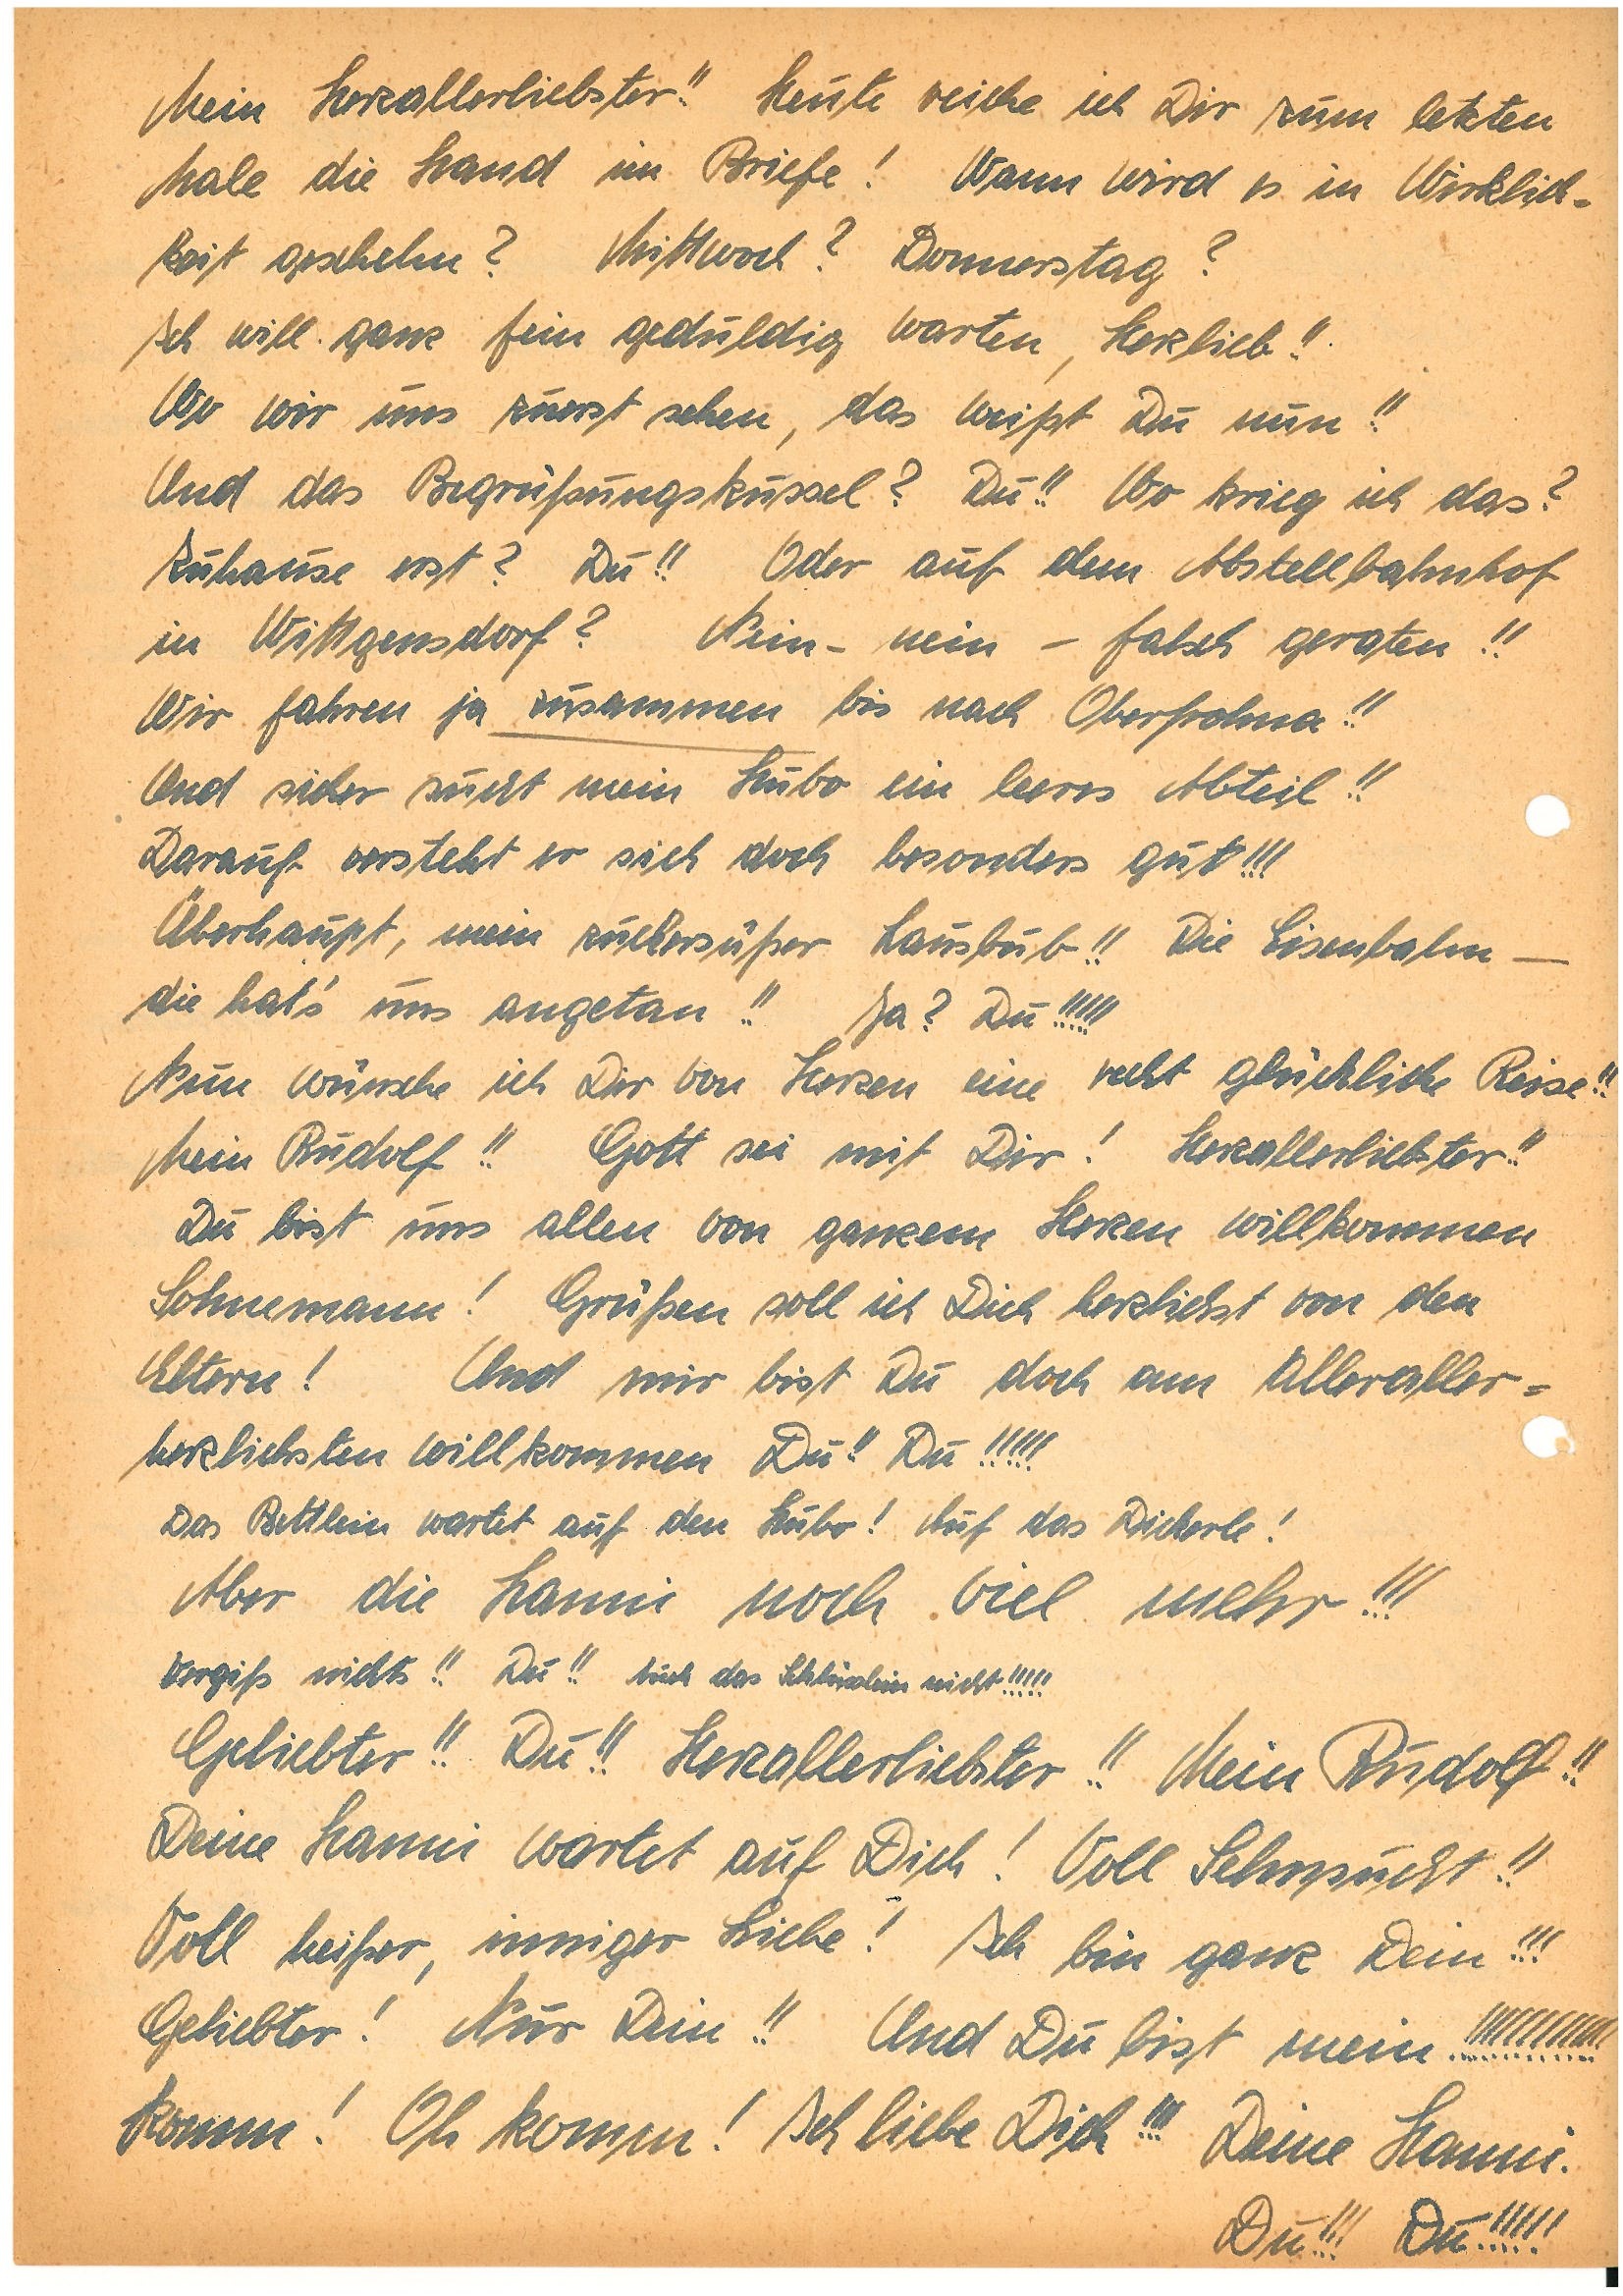
Mein Herzallerliebster!! Heute reiche ich Dir zum letzten
Male die Hand im Briefe! Wann wird es in Wirklich¬
Zeit geschehn? Mittwoch? Donnerstag?
Ich will: ganz fein geduldig warten, Herzlieb!!
Wo wir uns zuerst sehen, das weißt Du nun!!
Und das Begrüßungskussel? Du!! Wo krieg ich das?
Zuhause erst? Du!! Oder auf dem Abstellbahnhof
in W? Nein – nein – falsch geraten!!
Wir fahren ja zusammen bis nach O.!!
Und sicher sucht mein Hubo ein leeres Abteil!!
Darauf versteht er sich doch besonders gut!!!
Überhaupt, mein zuchersüßer Lausbub!! Die Eisenbahn –
die hat’s uns angetan!! Ja? Du!!!!!
Nun wünsche ich Dir von Herzen eine recht glückliche Reise!!
Mein !! Gott sei mit Dir! Herzallerliebster!!
Du bist uns allen von ganzem Herzen willkommen
Sohnemann! Grüßen soll ich Dich herzlichst von den
Eltern! Und mir bist Du doch am Alleraller¬
herzlichsten willkommen, Du!! Du!!!!!
Das Bettlein wartet auf den Hubo! Auf das Dicherle!
Aber die  noch viel mehr!!!
Vergiß nichts!! Du!! Mich das Schlüsslein nicht!!!!!
Geliebter!! Du!! Herzallerliebster!! Mein!!
Deine wartet auf Dich! Voll Sehnsucht!!
Voll heißer inniger Liebe! Ich bin ganz Dein!!!
Geliebter! Nur Dein!! Und Du bist mein!!!!!!!!!!!!
Komm. Oh komm! Ich liebe Dich!!! Deine.
Du!!! Du!!!!